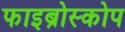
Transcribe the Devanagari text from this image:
फाइब्रोस्कोप